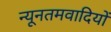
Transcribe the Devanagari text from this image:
न्यूनतमवादियों